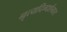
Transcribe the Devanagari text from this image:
नृत्यदिग्दर्शनात